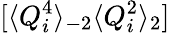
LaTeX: [\langle Q_{i}^{4}\rangle_{-2}\langle Q_{i}^{2}\rangle_{2}]